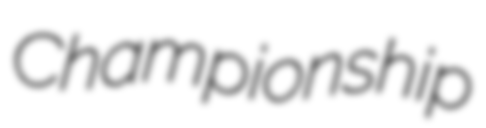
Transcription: Championship